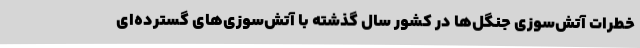
خطرات آتش‌سوزی جنگل‌ها در کشور سال گذشته با آتش‌سوزی‌های گسترده‌ای